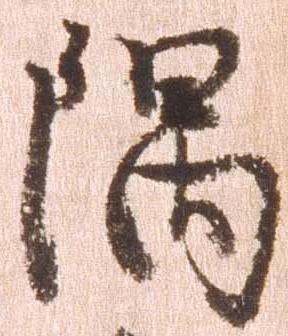
隅